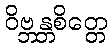
ဝိဗ္ဘန္တစိတ္တေ